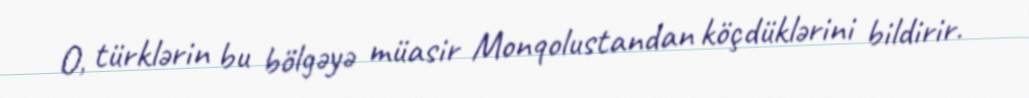
O, türklərin bu bölgəyə müasir Monqolustandan köçdüklərini bildirir.